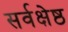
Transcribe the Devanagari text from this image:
सर्वक्षेष्ठ